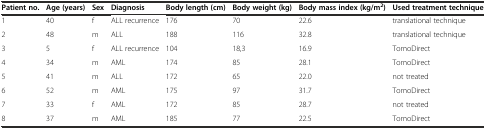
<table><thead><tr><td><b>Patient no.</b></td><td><b>Age (years)</b></td><td><b>Sex</b></td><td><b>Diagnosis</b></td><td><b>Body length (cm)</b></td><td><b>Body weight (kg)</b></td><td><b>Body mass index (kg/m<sup>2</sup>)</b></td><td><b>Used treatment technique</b></td></tr></thead><tbody><tr><td>1</td><td>40</td><td>f</td><td>ALL recurrence</td><td>176</td><td>70</td><td>22.6</td><td>translational technique</td></tr><tr><td>2</td><td>48</td><td>m</td><td>ALL</td><td>188</td><td>116</td><td>32.8</td><td>translational technique</td></tr><tr><td>3</td><td>5</td><td>f</td><td>ALL recurrence</td><td>104</td><td>18,3</td><td>16.9</td><td>TomoDirect</td></tr><tr><td>4</td><td>34</td><td>m</td><td>AML</td><td>174</td><td>85</td><td>28.1</td><td>TomoDirect</td></tr><tr><td>5</td><td>41</td><td>m</td><td>ALL</td><td>172</td><td>65</td><td>22.0</td><td>not treated</td></tr><tr><td>6</td><td>52</td><td>m</td><td>AML</td><td>175</td><td>97</td><td>31.7</td><td>TomoDirect</td></tr><tr><td>7</td><td>33</td><td>f</td><td>AML</td><td>172</td><td>85</td><td>28.7</td><td>not treated</td></tr><tr><td>8</td><td>37</td><td>m</td><td>AML</td><td>185</td><td>77</td><td>22.5</td><td>TomoDirect</td></tr></tbody></table>